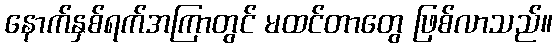
နောက်နှစ်ရက်အကြာတွင် မထင်တာတွေ ဖြစ်လာသည်။